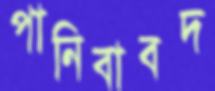
পানিবাবদ